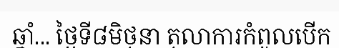
ឆ្នាំ... ថ្ងៃទី៨មិថុនា តុលាការកំពូលបើក